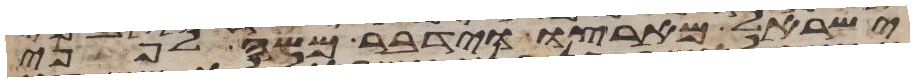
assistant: ישראל מארצו וידבר משה לפני